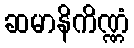
ဆမာနိကိဏ္ဏံ